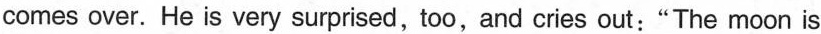
comes over. He is very surprised,too,and cries out:"The moon is